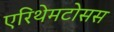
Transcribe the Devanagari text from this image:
एरिथेमटोसस